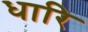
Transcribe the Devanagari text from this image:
धारि